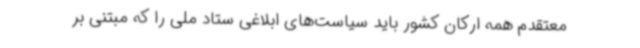
معتقدم همه ارکان کشور باید سیاست‌های ابلاغی ستاد ملی را که مبتنی بر